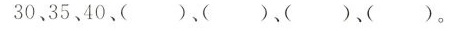
30、35、40、( )、( )、( )、( )。